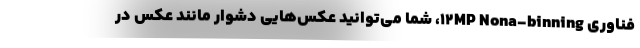
فناوری 12MP Nona-binning، شما می‌توانید عکس‌هایی دشوار مانند عکس در